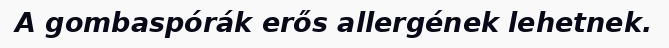
A gombaspórák erős allergének lehetnek.